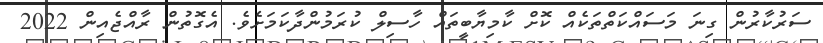
ސަރުކާރުން ގިނަ މަސައްކަތްތަކެއް ކޮށް ކާމިޔާބީތައް ހާސިލް ކުރަމުންދާކަމަށެވެ. އެގޮތުން ރާއްޖެއިން 2022